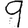
Digit: 9